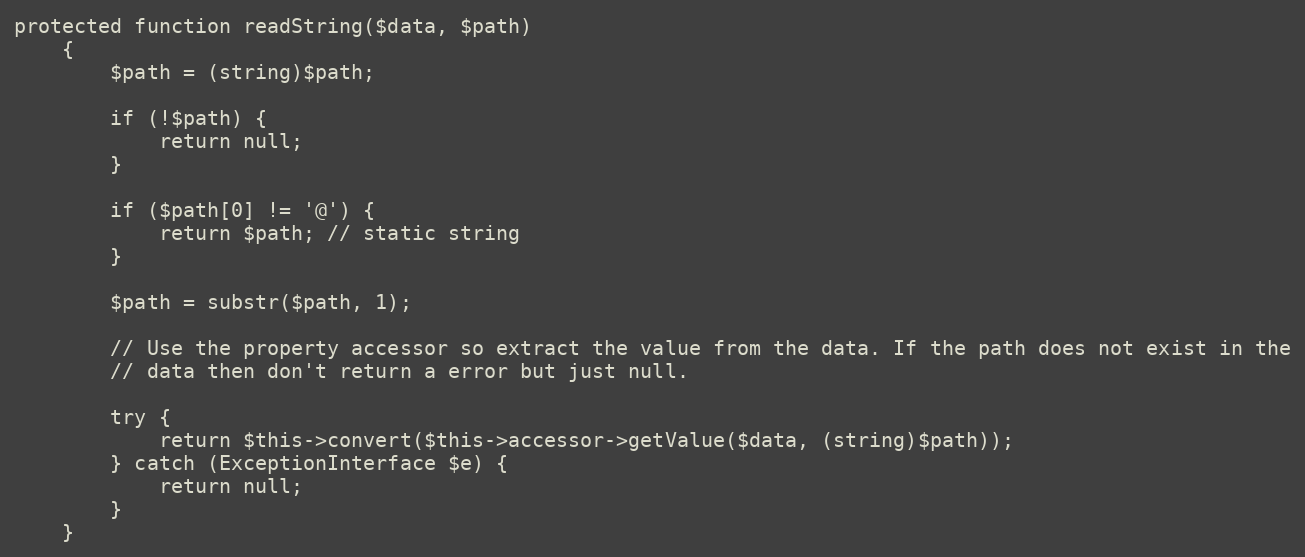
Language: PHP
protected function readString($data, $path)
    {
        $path = (string)$path;

        if (!$path) {
            return null;
        }

        if ($path[0] != '@') {
            return $path; // static string
        }

        $path = substr($path, 1);

        // Use the property accessor so extract the value from the data. If the path does not exist in the
        // data then don't return a error but just null.

        try {
            return $this->convert($this->accessor->getValue($data, (string)$path));
        } catch (ExceptionInterface $e) {
            return null;
        }
    }